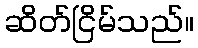
ဆိတ်ငြိမ်သည်။